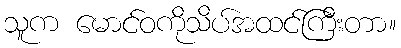
သူက မောင်ဝကိုသိပ်အထင်ကြီးတာ။